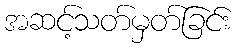
အဆင့်သတ်မှတ်ခြင်း